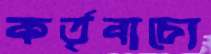
কর্তৃবাচ্যে